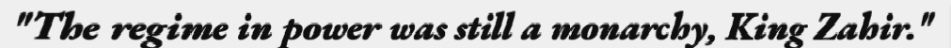
"The regime in power was still a monarchy, King Zahir."